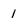
Character: 1